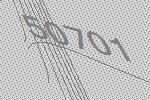
50701